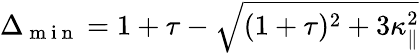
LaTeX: \Delta_{\mathrm{~m~i~n~}}=1+\tau-\sqrt{(1+\tau)^{2}+3\kappa_{\| }^{2}}